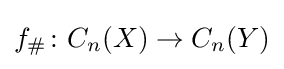
f_{\#}\colon C_{n}(X)\to C_{n}(Y)